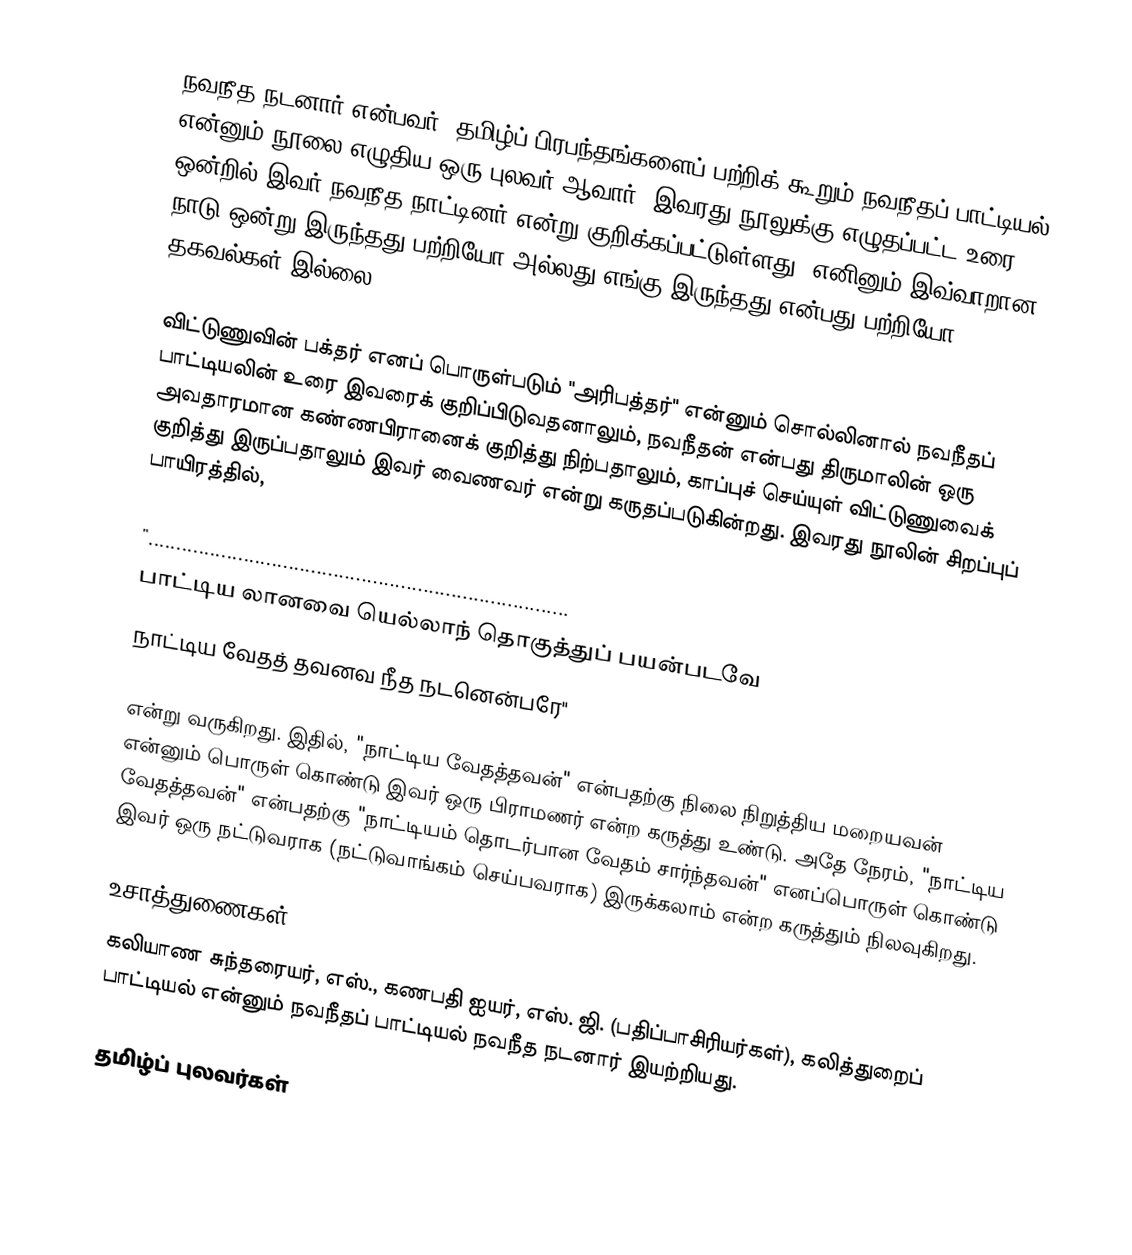
நவநீத நடனார் என்பவர், தமிழ்ப் பிரபந்தங்களைப் பற்றிக் கூறும் நவநீதப் பாட்டியல் என்னும் நூலை எழுதிய ஒரு புலவர் ஆவார். இவரது நூலுக்கு எழுதப்பட்ட உரை ஒன்றில் இவர் நவநீத நாட்டினர் என்று குறிக்கப்பட்டுள்ளது. எனினும் இவ்வாறான நாடு ஒன்று இருந்தது பற்றியோ அல்லது எங்கு இருந்தது என்பது பற்றியோ தகவல்கள் இல்லை.

விட்டுணுவின் பக்தர் எனப் பொருள்படும் "அரிபத்தர்" என்னும் சொல்லினால் நவநீதப் பாட்டியலின் உரை இவரைக் குறிப்பிடுவதனாலும், நவநீதன் என்பது திருமாலின் ஒரு அவதாரமான கண்ணபிரானைக் குறித்து நிற்பதாலும், காப்புச் செய்யுள் விட்டுணுவைக் குறித்து இருப்பதாலும் இவர் வைணவர் என்று கருதப்படுகின்றது. இவரது நூலின் சிறப்புப் பாயிரத்தில்,

 "...........................................................................
 பாட்டிய லானவை யெல்லாந் தொகுத்துப் பயன்படவே
 நாட்டிய வேதத் தவனவ நீத நடனென்பரே"

என்று வருகிறது. இதில், "நாட்டிய வேதத்தவன்" என்பதற்கு நிலை நிறுத்திய மறையவன் என்னும் பொருள் கொண்டு இவர் ஒரு பிராமணர் என்ற கருத்து உண்டு. அதே நேரம், "நாட்டிய வேதத்தவன்" என்பதற்கு "நாட்டியம் தொடர்பான வேதம் சார்ந்தவன்" எனப்பொருள் கொண்டு இவர் ஒரு நட்டுவராக (நட்டுவாங்கம் செய்பவராக) இருக்கலாம் என்ற கருத்தும் நிலவுகிறது.

உசாத்துணைகள்
 கலியாண சுந்தரையர், எஸ்., கணபதி ஐயர், எஸ். ஜி. (பதிப்பாசிரியர்கள்), கலித்துறைப் பாட்டியல் என்னும் நவநீதப் பாட்டியல் நவநீத நடனார் இயற்றியது.

தமிழ்ப் புலவர்கள்